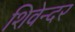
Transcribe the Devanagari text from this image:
शिवेन्दर